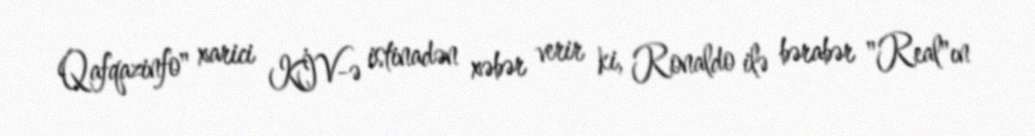
Qafqazinfo" xarici KİV-ə istinadən xəbər verir ki, Ronaldo ilə bərabər "Real"ın